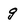
Character: g